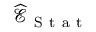
\widehat { \mathcal E } _ { \mathrm { ~ S ~ t ~ a ~ t ~ } }